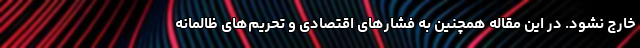
خارج نشود. در این مقاله همچنین به فشارهای اقتصادی و تحریم‌های ظالمانه